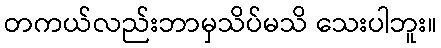
တကယ်လည်းဘာမှသိပ်မသိ သေးပါဘူး။